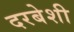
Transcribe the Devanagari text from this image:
दरबेशी